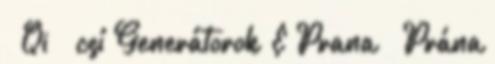
Qi csí Generátorok &Prana Prána